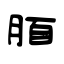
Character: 脜